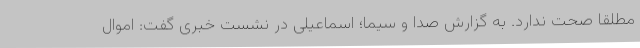
مطلقا صحت ندارد. به گزارش صدا و سیما؛ اسماعیلی در نشست خبری گفت: اموال